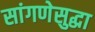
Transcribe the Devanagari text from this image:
सांगणेसुद्धा